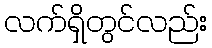
လက်ရှိတွင်လည်း